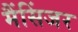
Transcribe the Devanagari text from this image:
मैंसिंजर